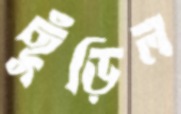
ছুঁড়িল